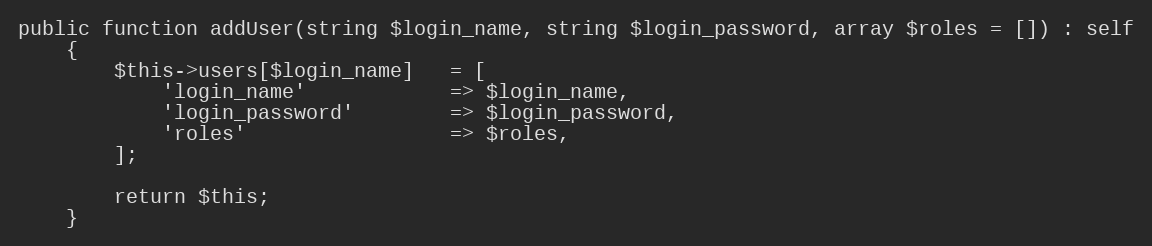
Language: PHP
public function addUser(string $login_name, string $login_password, array $roles = []) : self
    {
        $this->users[$login_name]   = [
            'login_name'            => $login_name,
            'login_password'        => $login_password,
            'roles'                 => $roles,
        ];

        return $this;
    }